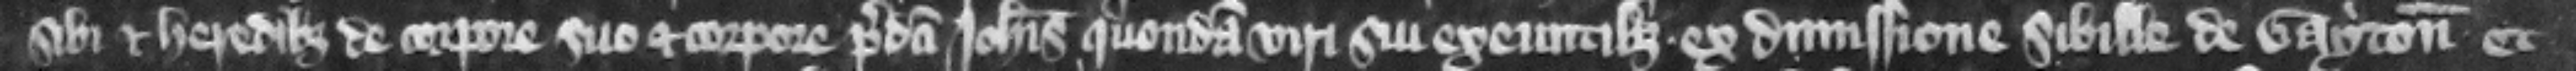
sibi et heredibus de corpore suo et corpore predicti Iohannis quondam viri sui exeuntibus ex dimissione Sibille de Gayton et